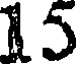
15